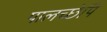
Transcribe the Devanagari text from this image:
पालच्छेपि